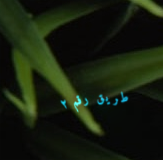
طريق رقم ٢